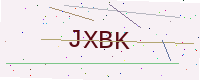
Text: JXBK